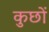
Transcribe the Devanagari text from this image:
कुछों